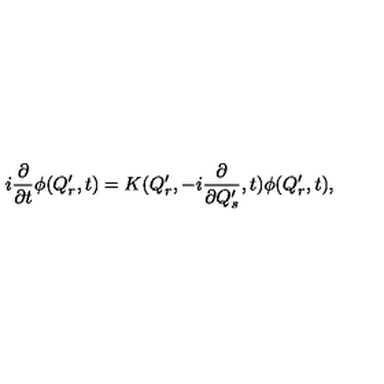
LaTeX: i { \frac { \partial } { \partial t } } \phi ( Q _ { r } ^ { \prime } , t ) = K ( Q _ { r } ^ { \prime } , - i { \frac { \partial } { \partial Q _ { s } ^ { \prime } } } , t ) \phi ( Q _ { r } ^ { \prime } , t ) ,